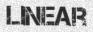
linear